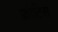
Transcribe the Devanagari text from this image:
फ्रोटिस